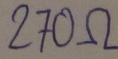
Text: 270Ω